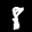
Label: 8